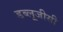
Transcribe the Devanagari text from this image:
डब्लूजीसी